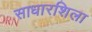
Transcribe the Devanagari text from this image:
साधारशिला